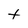
Character: t